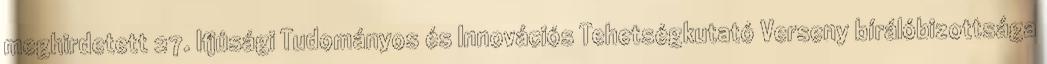
meghirdetett 27. Ifjúsági Tudományos és Innovációs Tehetségkutató Verseny bírálóbizottsága